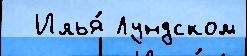
  Илья́ Лундском